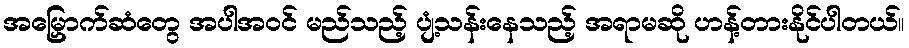
အမြှောက်ဆံတွေ အပါအဝင် မည်သည့် ပျံ့သန်းနေသည့် အရာမဆို ဟန့်တားနိုင်ပါတယ်။